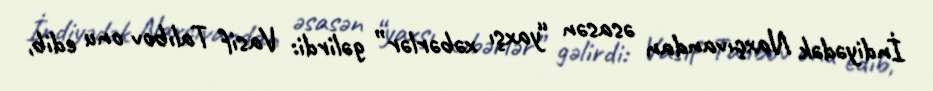
İndiyədək Naxçıvandan əsasən “yaxşı xəbərlər” gəlirdi: Vasif Talıbov onu edib,